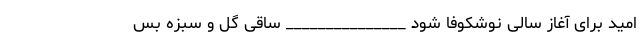
امید برای آغاز سالی نوشکوفا شود _______________ ساقی گل و سبزه بس